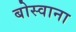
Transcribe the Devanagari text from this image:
बोस्वाना